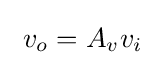
\ v_{o}=A_{v}v_{i}\